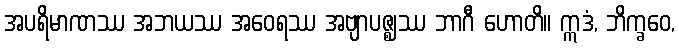
အပရိမာဏဿ အဘယဿ အဝေရဿ အဗျာပဇ္ဈဿ ဘာဂီ ဟောတိ။ ဣဒံ, ဘိက္ခဝေ,